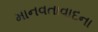
માનવતાવાદના